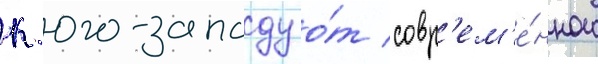
к юго-западу о́т совр'ем'е́нного